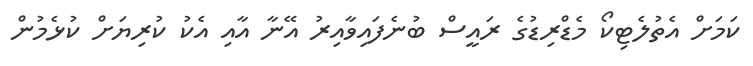
ކަމަށް އެތުލެޓިކޯ މެޑްރިޑުގެ ރައީސް ބުނެފައިވާއިރު އޭނާ އާއި އެކު ކުރިޔަށް ކުޅެމުން